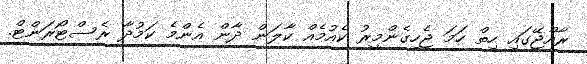
ރާއްޖޭގައި ހިތް ހަމަ ޖެހިގެންމީރު ކެއުމެއް ކާލަން ދާން އެންމެ ކަމުދާ ރެސްޓޯރަންޓް.